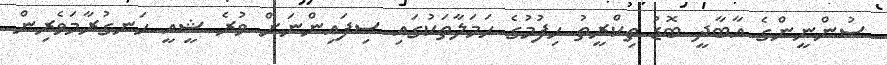
ސުންނީންގެ އާބާދީ ބޮޑު ތިކްރީތު ހިފުމުގެ ހަމަލާތަކުގައި ސިފައިންނަށް ވުރެ ޝީއީ ހަނގުރާމަވެރިން